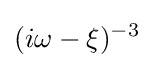
(i\omega -\xi )^{-3}